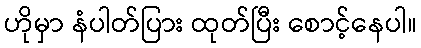
ဟိုမှာ နံပါတ်ပြား ထုတ်ပြီး စောင့်နေပါ။